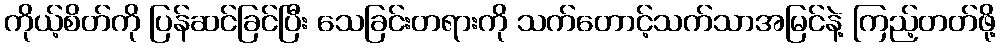
ကိုယ့်စိတ်ကို ပြန်ဆင်ခြင်ပြီး သေခြင်းတရားကို သက်တောင့်သက်သာအမြင်နဲ့ ကြည့်တတ်ဖို့